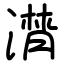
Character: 潸